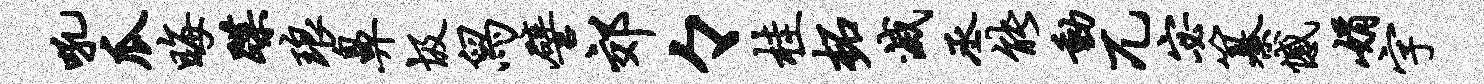
吼瓜晦蹀琅鼻圾舄譬郊々桂柘灭丞能动兀宓纂憾娟字